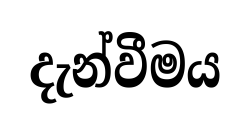
දැන්වීමය